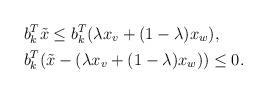
LaTeX: \begin{align*} & b_k^T\Tilde{x}\le b_k^T(\lambda x_v + (1-\lambda)x_w),\\ &b_k^T(\Tilde{x}-(\lambda x_v + (1-\lambda)x_w))\le0. \end{align*}